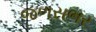
જળસભર